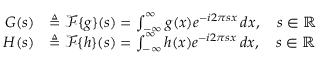
{ \begin{array} { r l } { G ( s ) } & { \triangleq { \mathcal { F } } \{ g \} ( s ) = \int _ { - \infty } ^ { \infty } g ( x ) e ^ { - i 2 \pi s x } \, d x , \quad s \in \mathbb { R } } \\ { H ( s ) } & { \triangleq { \mathcal { F } } \{ h \} ( s ) = \int _ { - \infty } ^ { \infty } h ( x ) e ^ { - i 2 \pi s x } \, d x , \quad s \in \mathbb { R } } \end{array} }